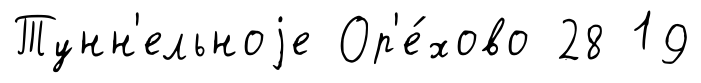
Тунн'ельноjе Ор'е́хово 28 19